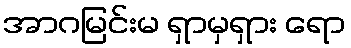
အာဂမြင်းမ ရှာမှရှား ရော